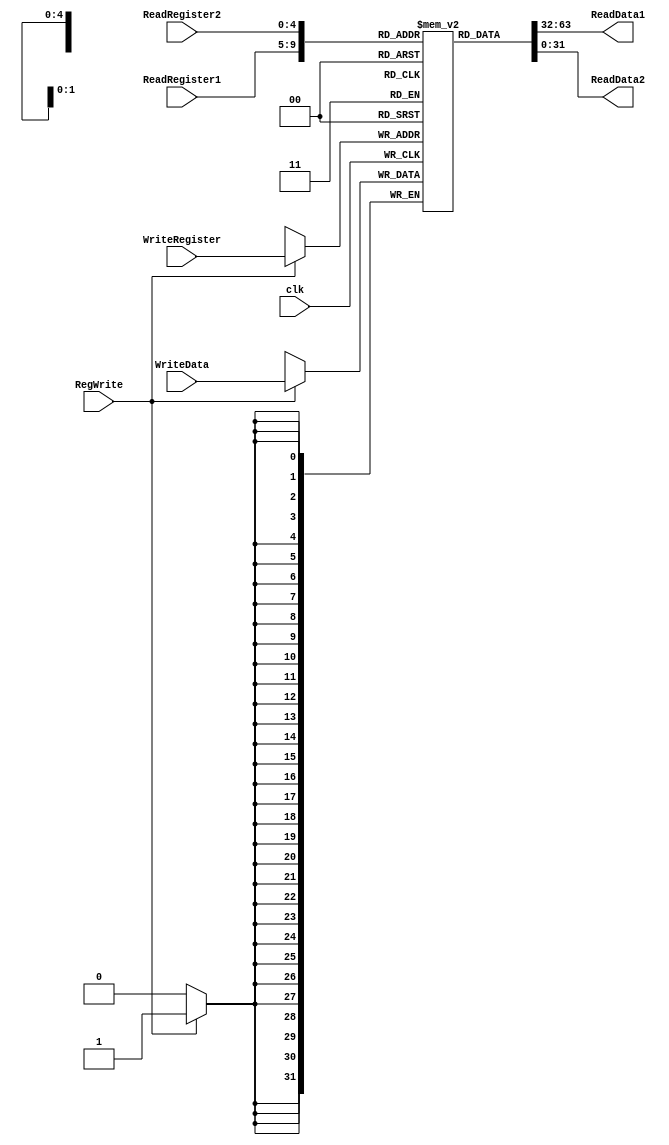
`ifndef REGISTERS
`define REGISTERS

module Registers(
  input clk,
  input RegWrite,
  input  [4:0]  ReadRegister1,
  input  [4:0]  ReadRegister2,
  input  [4:0]  WriteRegister,
  input  [31:0] WriteData,
  output [31:0] ReadData1,
  output [31:0] ReadData2
);
  
  reg [31:0] Registr [31:0]; //32 registrii de cate 32 biti
  integer i;
  
  reg [31:0] t0, t1, t2, t3, t5;
  
  /*reg [31:0] reg0, reg1, reg2, reg3, reg4, reg5, reg6, reg7, reg12, reg14, reg15, reg16;
  reg [31:0] reg17, reg18, reg19, reg20, reg21, reg22, reg23, reg24, reg25, reg26, reg27;
  reg [31:0] reg28, reg29, reg30, reg31;*/
  
   initial
     begin
       for(i = 0; i < 32; i = i + 1)
         Registr[i] = 0;
     end
  
  always @(posedge clk)
    if(RegWrite)
      Registr[WriteRegister] <= WriteData;
  
  assign ReadData1 = Registr[ReadRegister1];
  assign ReadData2 = Registr[ReadRegister2];
  
  always @(*)
    begin
      t0 = Registr[8];
      t1 = Registr[9];
      t2 = Registr[10];
      t3 = Registr[11];
      t5 = Registr[13];
      
      /*
      reg0  = Registr[0];
      reg1  = Registr[1];
      reg2  = Registr[2];
      reg3  = Registr[3];
      reg4  = Registr[4];
      reg5  = Registr[5];
      reg6  = Registr[6];
      reg7  = Registr[7];
      reg12 = Registr[12];
      reg14 = Registr[14];
      reg15 = Registr[15];
      reg16 = Registr[16];
      reg17 = Registr[17];
      reg18 = Registr[18];
      reg19 = Registr[19];
      reg20 = Registr[20];
      reg21 = Registr[21];
      reg22 = Registr[22];
      reg23 = Registr[23];
      reg24 = Registr[24];
      reg25 = Registr[25];
      reg26 = Registr[26];
      reg27 = Registr[27];
      reg28 = Registr[28];
      reg29 = Registr[29];
      reg30 = Registr[30];
      reg31 = Registr[31]; */
      end
  endmodule

  `endif